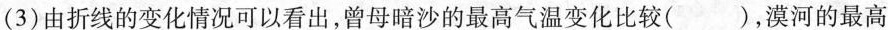
(3)由折线的变化情况可以看出，曾母暗沙的最高气温变化比较( )，漠河的最高